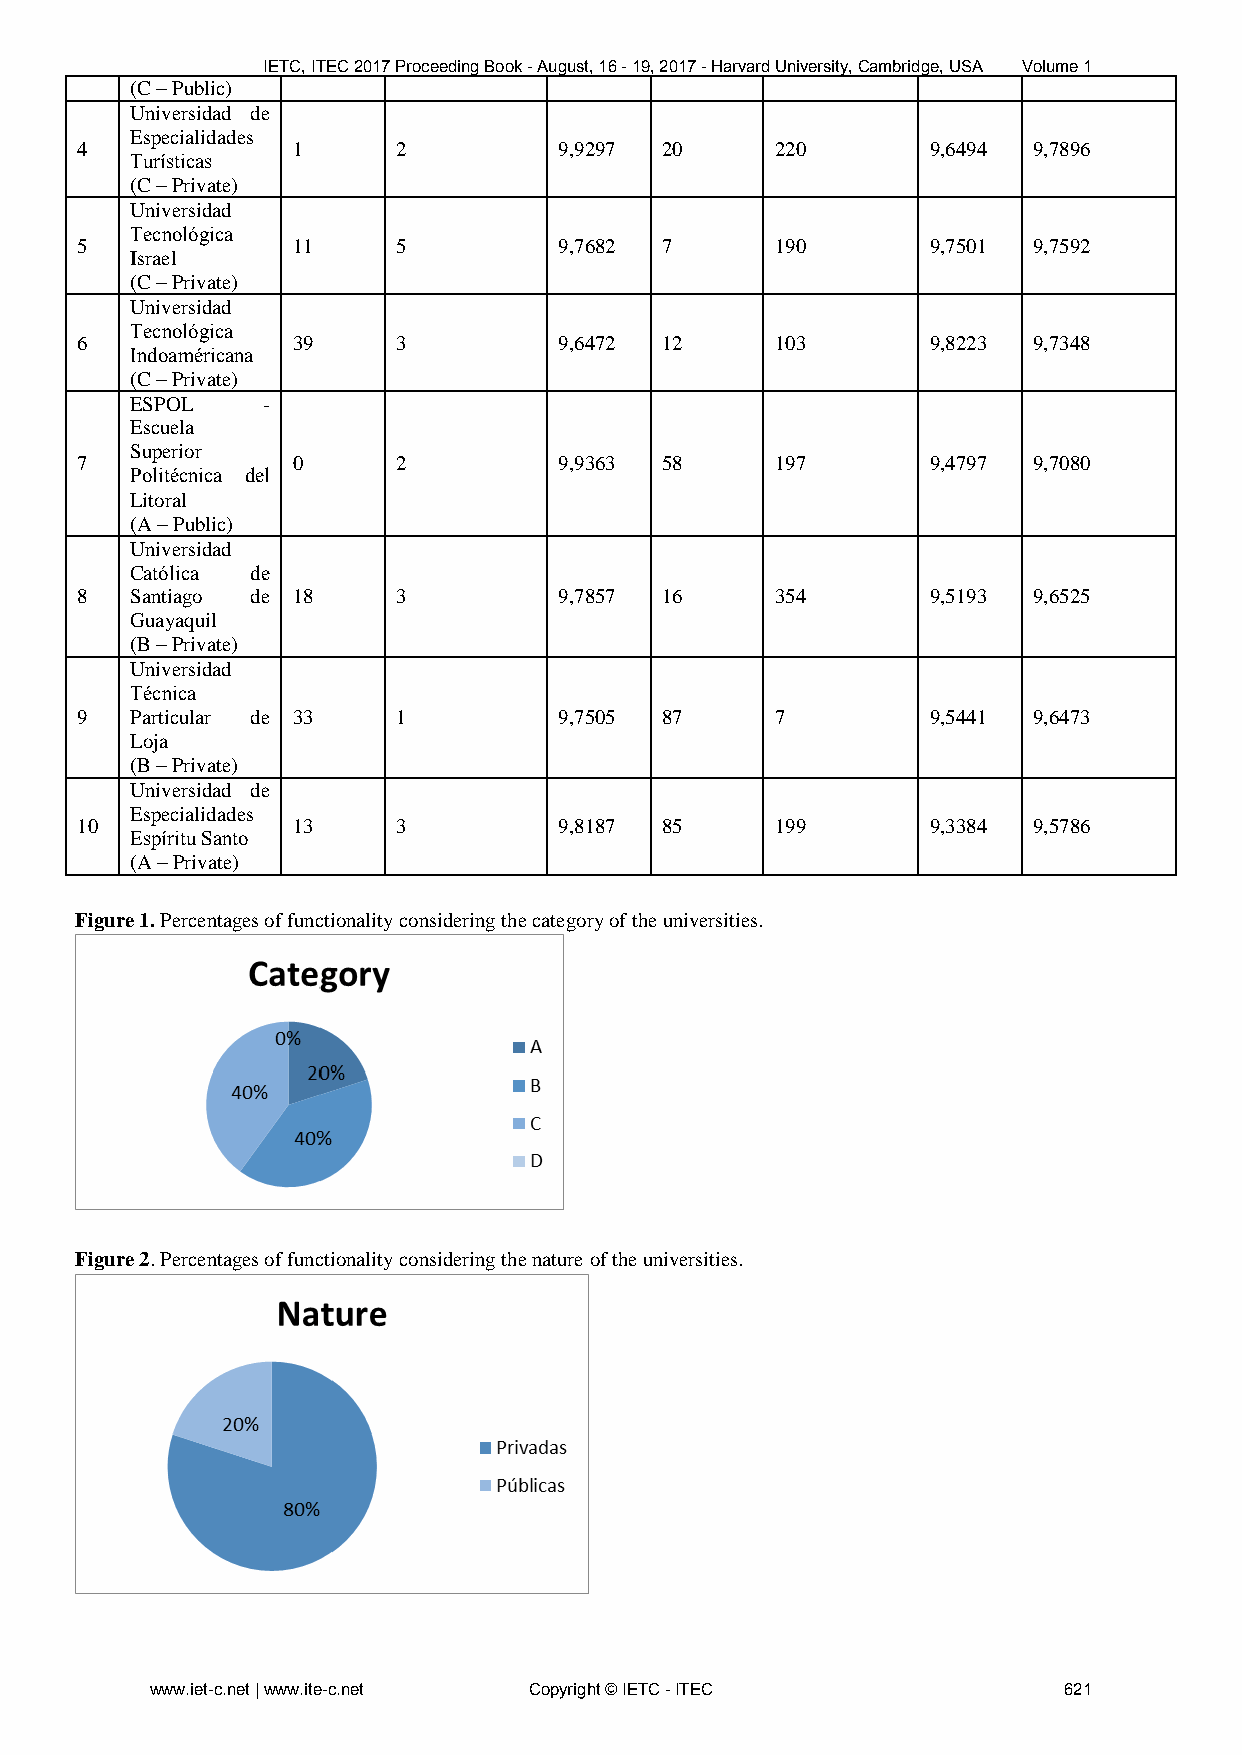
IETC, ITEC 2017 Proceeding Book - August, 16 - 19, 2017 - Harvard University, Cambridge, USA Volume 1
 (C – Public)
 Universidad de
 Especialidades
 4             1      2          9,9297 20     220        9,6494 9,7896
 Turísticas
 (C – Private)
 Universidad
 Tecnológica
 5             11     5          9,7682 7      190        9,7501 9,7592
 Israel
 (C – Private)
 Universidad
 Tecnológica
 6             39     3          9,6472 12     103        9,8223 9,7348
 Indoaméricana
 (C – Private)
 ESPOL   -
 Escuela
 Superior
 7             0      2          9,9363 58     197        9,4797 9,7080
 Politécnica del
 Litoral
 (A – Public)
 Universidad
 Católica de
 8   Santiago de 18   3          9,7857 16     354        9,5193 9,6525
 Guayaquil
 (B – Private)
 Universidad
 Técnica
 9   Particular de 33 1          9,7505 87     7          9,5441 9,6473
 Loja
 (B – Private)
 Universidad de
 Especialidades
 10            13     3          9,8187 85     199        9,3384 9,5786
 Espíritu Santo
 (A – Private)
 Figure 1. Percentages of functionality considering the category of the universities.
 Figure 2. Percentages of functionality considering the nature of the universities.
 www.iet-c.net | www.ite-c.net Copyright © IETC - ITEC       621